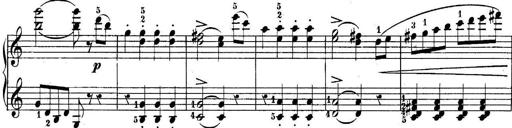
Title: 10 Sonatines progressives
Composer: Anton Schmoll